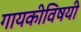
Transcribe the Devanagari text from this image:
गायकीविषयी